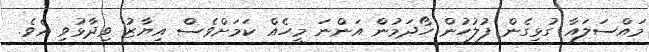
މައްސަލައާ ގުޅިގެން ފުލުހުން ހޯދަމުން އަންނަ މީހެއް ކަމަށްވެސް އިޔާޒު ވިދާޅުވި އެވެ.